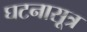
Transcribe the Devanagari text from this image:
घटनासूत्र